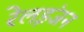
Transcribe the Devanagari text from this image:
रेलइंजन